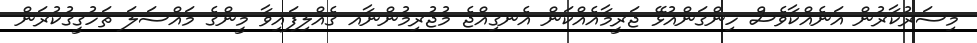
މިސަރުކާރުން އަނެއްކާވެސް ހިންގަންއުޅޭ ޖަރީމާއެއްކަން އެނގިއްޖެ މުޖުރިމުންނާއ ގެއްލިފައިވާ މީންގެ މައްސަލަ ތަހުގީގުކުރަން